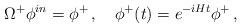
LaTeX: \begin{align*}\Omega^{+}\phi^{in}=\phi^{+}\, ,\quad\phi^{+}(t)=e^{-iHt}\phi^{+}\, ,\end{align*}